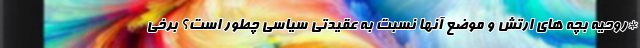
*روحیه بچه های ارتش و موضع آنها نسبت به عقیدتی سیاسی چطور است؟ برخی